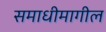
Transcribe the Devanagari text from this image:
समाधीमागील